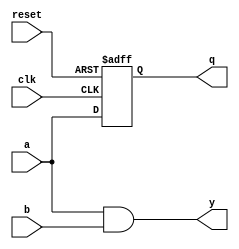
module event_control_example (
    input wire clk,          // Clock input
    input wire reset,        // Asynchronous reset input
    input wire a,           // Input signal a
    input wire b,           // Input signal b
    output reg q,           // Sequential output
    output reg y            // Combinational output
);

// Sequential logic: D Flip-Flop with asynchronous reset
always @ (posedge clk or posedge reset) begin
    if (reset) begin
        q <= 1'b0;          // Reset output q to 0
    end else begin
        q <= a;            // On rising edge of clk, assign input a to output q
    end
end

// Combinational logic: Output y is the logical AND of inputs a and b
always @ (a or b) begin
    y = a & b;             // Assign output y as the AND of inputs a and b
end

endmodule